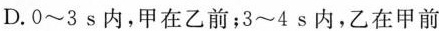
D.0~3s内，甲在乙前；3~4s内，乙在甲前